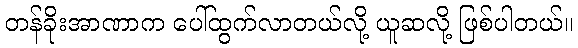
တန်ခိုးအာဏာက ပေါ်ထွက်လာတယ်လို့ ယူဆလို့ ဖြစ်ပါတယ်။